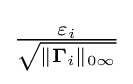
{\textstyle {\frac {\varepsilon _{i}}{\sqrt {\|\mathbf {\Gamma } _{i}\|_{0\infty }}}}}